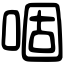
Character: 𠴱